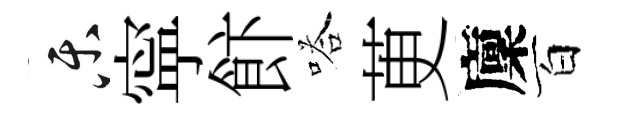
乐寜飰嗒茰廩百